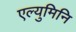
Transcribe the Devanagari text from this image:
एल्युमिनि